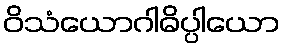
ဝိသံယောဂါဓိပ္ပါယော